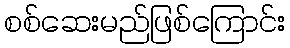
စစ်ဆေးမည်ဖြစ်ကြောင်း